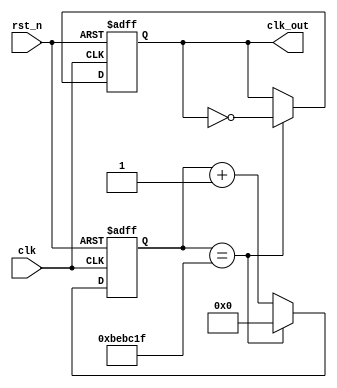
`timescale 1ns / 1ps
//////////////////////////////////////////////////////////////////////////////////
// Company: 
// Engineer: 
// 
// Design Name: 
// Module Name: clock_div_4Hz
// Project Name: 
// Target Devices: 
// Tool Versions: 
// Description: 
// 
// Dependencies: 
// 
// Revision:
// Revision 0.01 - File Created
// Additional Comments:
// 
//////////////////////////////////////////////////////////////////////////////////


module clock_div_4Hz(   // 4Hz
    input clk,
    input rst_n,
    output reg clk_out
    );
    reg [25:0]cnt;
    parameter cnts = 25000000;
    always@(posedge clk,negedge rst_n)
    begin
        if(~rst_n)
        begin
            cnt <= 0;
            clk_out <= 0;
        end
        else if(cnt == (cnts>>1)-1)
        begin
            cnt <= 0;
            clk_out <= ~clk_out;
        end
        else
            cnt <= cnt + 1;
    end
endmodule